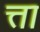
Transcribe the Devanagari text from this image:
त्ता